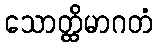
သောတ္ထိမာဂတံ